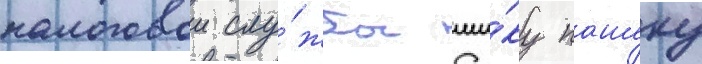
налоговои слу́жбы ши́ку пашеку